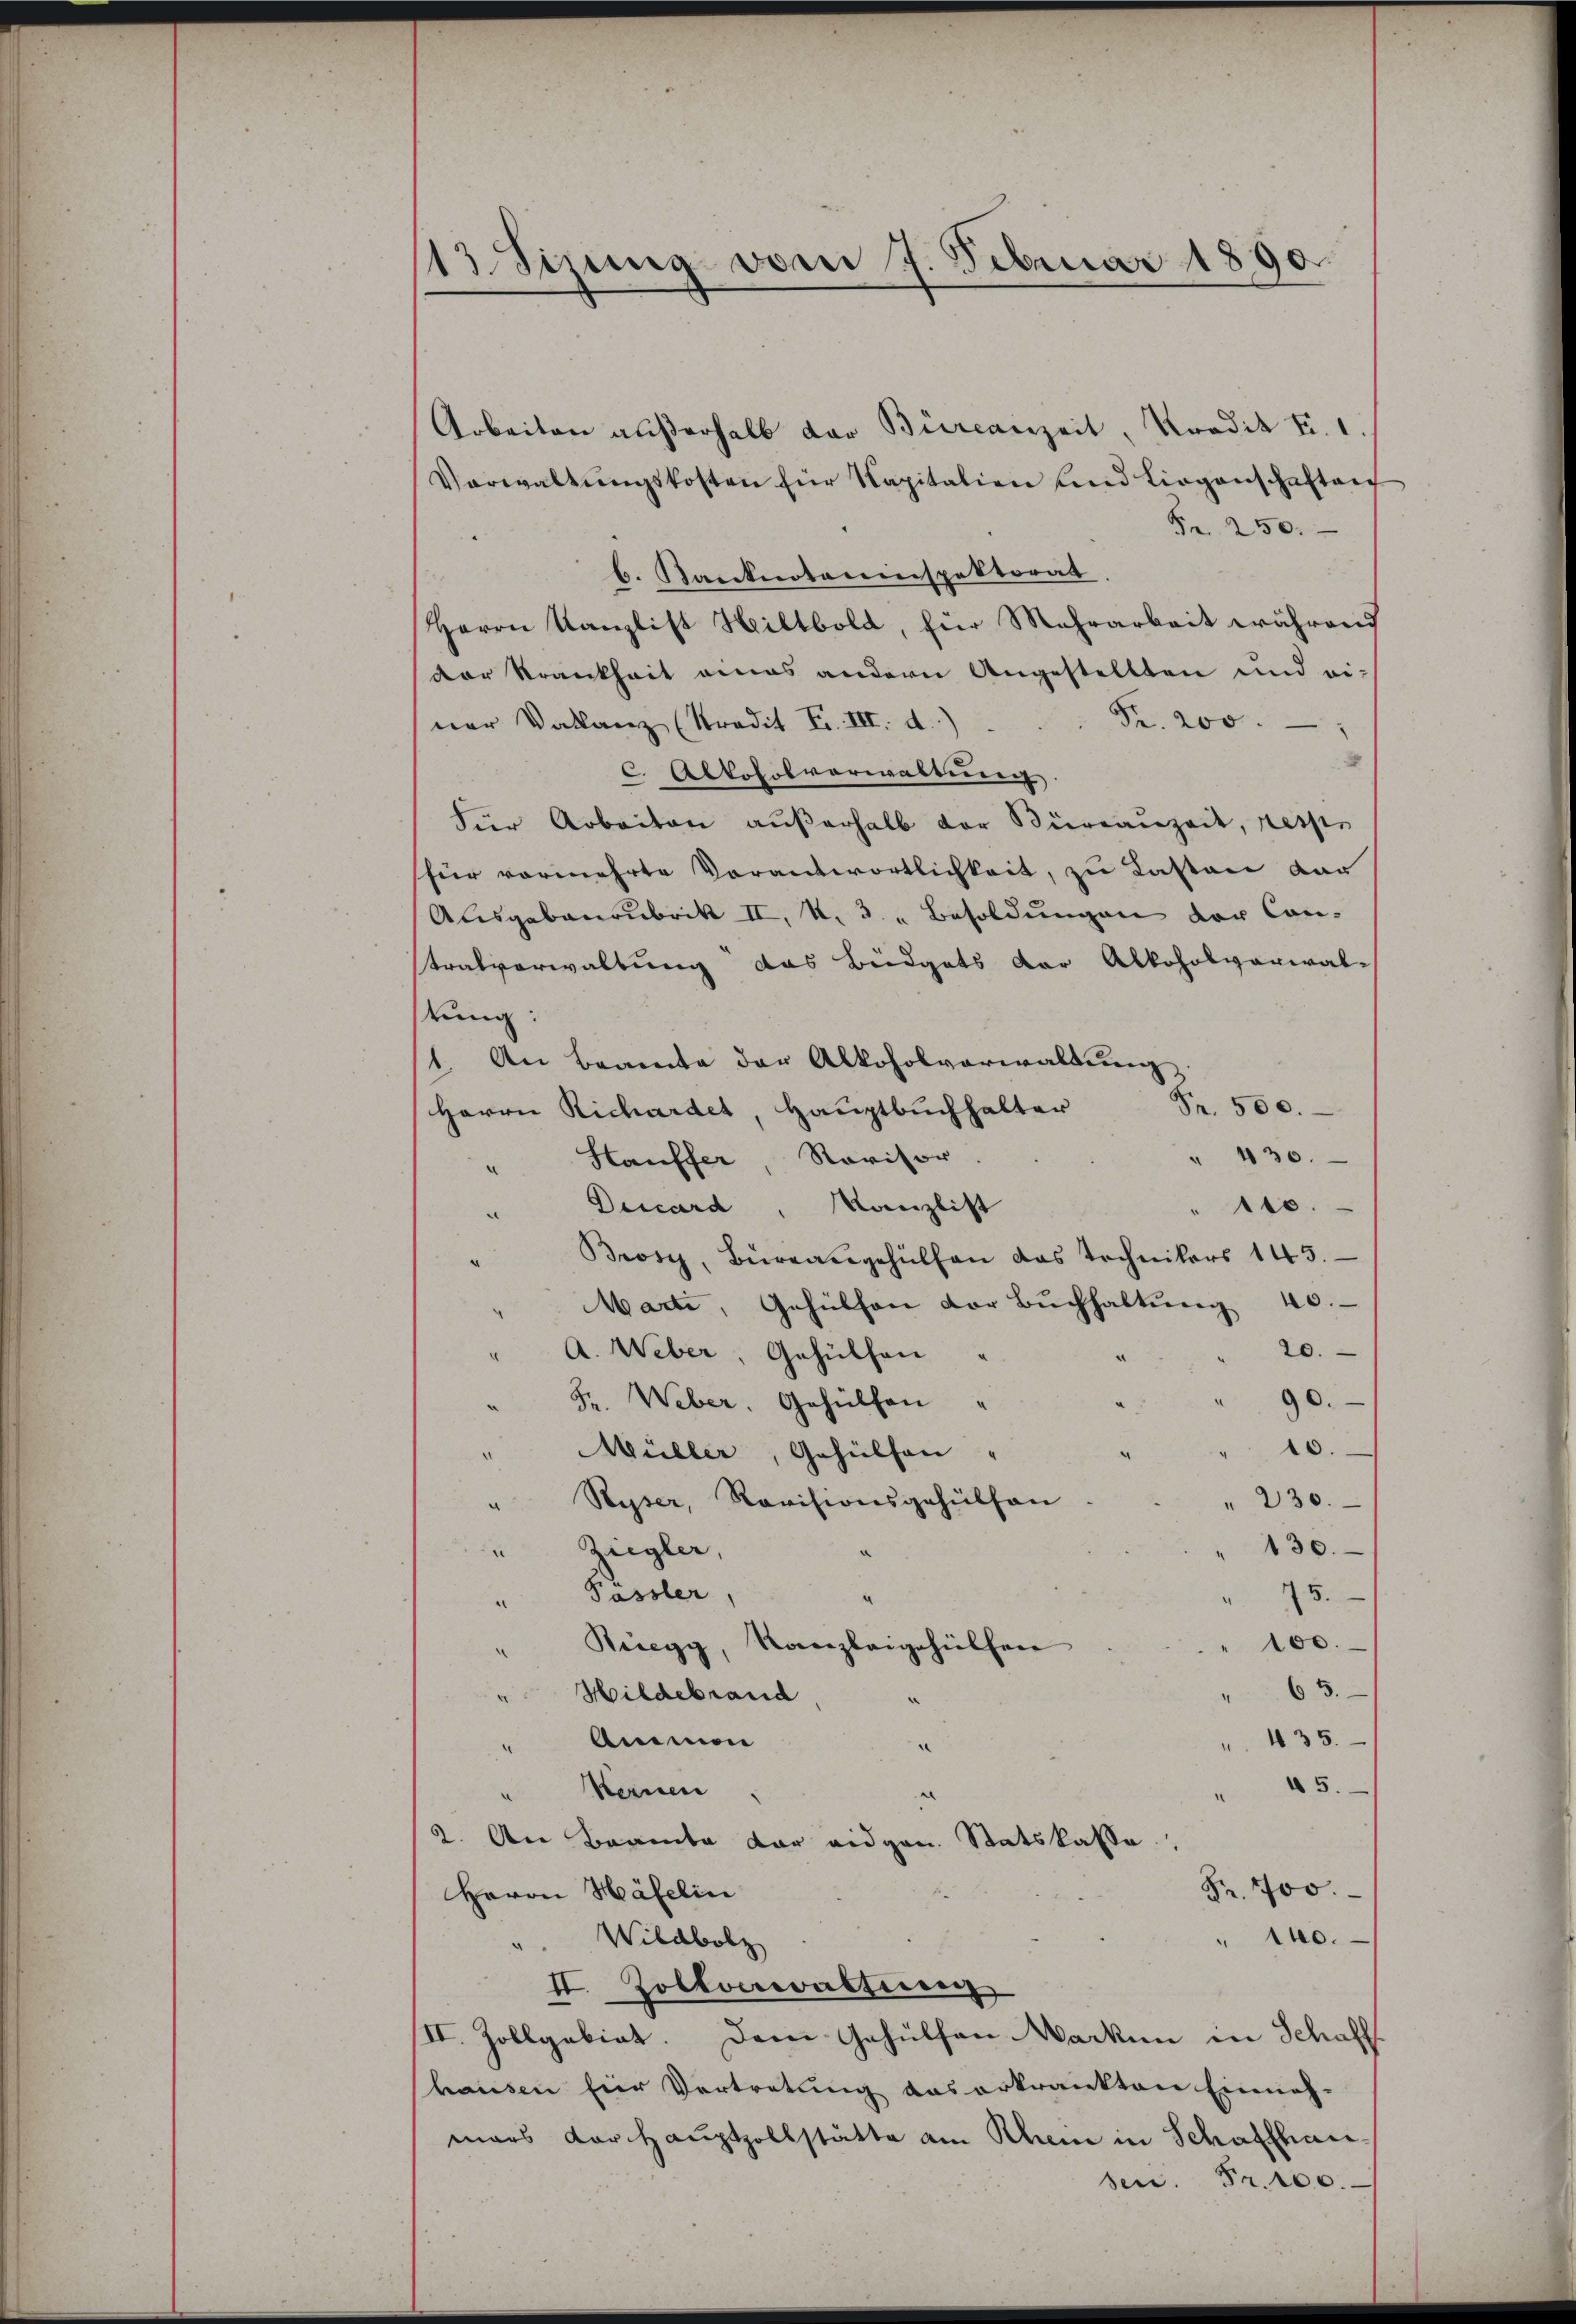
13 Sizung vom 7. Februar 1890.

Arbeiten außerhalb der Bürcanzeit, Predit Fr. 1.
Verwaltŭngskosten für Kapitalien und Liegenschaften
Fr. 250.
b. Ranknoteninspektorat
Herrn Kanzlist Hiltbold, für Mehrarbeit während
der Krankheit eines andern Angestellten und ei-
Fr. 200.
ner Valanz (Stradit Fr. III. d.)
x
c. Alkoholverwaltung.
Für Arbeiten außerhalb der Büreauzeit, resse
(für vermehrte Vorantwortlichkeit, zu Lasten dar
Ausgabenrubrik II, N. 3. " Besoldungen der Can-
tralverwaltung das Büdgets der Alkoholverwal-
tung:
1. An Beamte der Alkoholverwaltung
Fr. 500.
Herrn Richardet, Hauptbuchhalter
" 430.
Hauffer Revisor
e
Deccard, Kanzlist
tts.
.
Brosi, Büreausgehülfen das Technikers 145.
Marti, Gehülfen der Buchhaltung 40.
20.
" A. Weber, Gehülfen
90.
Fr. Weber. Gehülfen
10.
" Müller, Gehülfen
" 230.
" Ryser, Revisionsgehülfen
130.
Ziegler,
x
15.
Püssler,
a
e
100.
Rüegg, Kanzleigehülfen
.
63.
" Hildebrand
 435.
" Ammen
.
5.
" Meinen
2. An Beamte dar eidgen. Statskasse,
Fr. 700.
Herrn Häfelin
" 140.
". Wildbolz
II. Zollorwaltung
II. Zollgakiat. Dem Gehülfen Marken in Schaff
hausen Eier Vertretung das erkrankten Einnahmars vorhauptzollstätte am Rhein in Schaffhausen. Fr. 100.